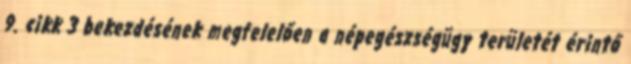
9. cikk 3 bekezdésének megfelelően a népegészségügy területét érintő